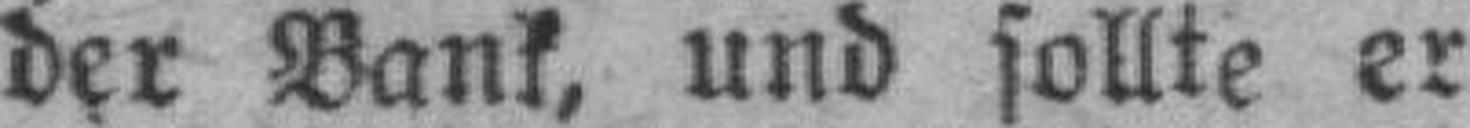
der Bank, und sollte er